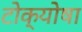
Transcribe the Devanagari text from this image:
टोक्योषा